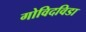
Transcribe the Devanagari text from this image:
गोविदविडा